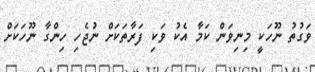
ވަގުތު ނޫހަކީ މިނިވަން ކަމާ އެކު ވަކި ފަރާތަކަށް ނުޖެހި ހިންގާ ނޫހަކަށް